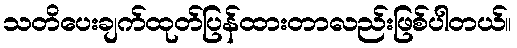
သတိပေးချက်ထုတ်ပြန်ထားတာလည်းဖြစ်ပါတယ်။